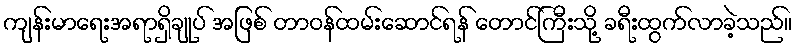
ကျန်းမာရေးအရာရှိချုပ် အဖြစ် တာဝန်ထမ်းဆောင်ရန် တောင်ကြီးသို့ ခရီးထွက်လာခဲ့သည်။